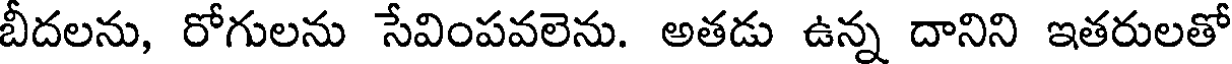
బీదలను, రోగులను సేవింపవలెను. అతడు ఉన్న దానిని ఇతరులతో